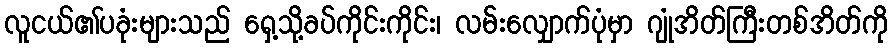
လူငယ်၏ပခုံးများသည် ရှေ့သို့ခပ်ကိုင်းကိုင်း၊ လမ်းလျှောက်ပုံမှာ ဂျုံအိတ်ကြီးတစ်အိတ်ကို